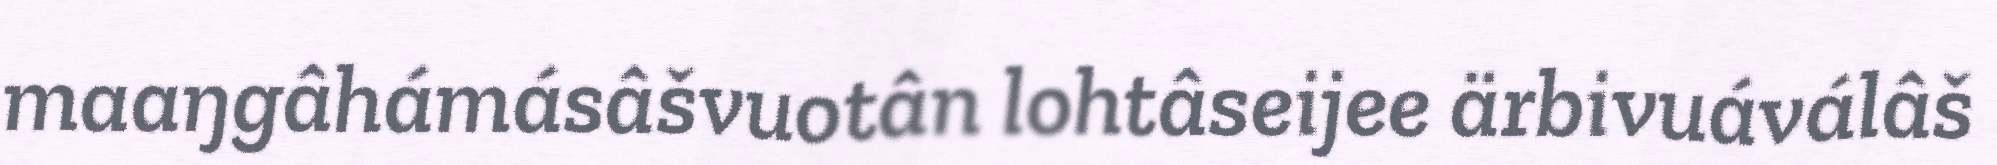
maaŋgâhámásâšvuotân lohtâseijee ärbivuáválâš